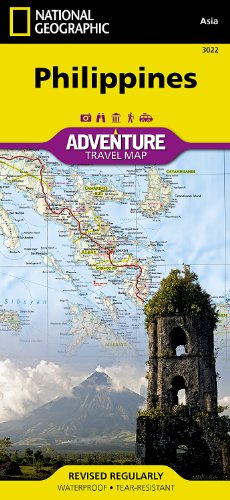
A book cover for Philippines (National Geographic Adventure Map); National Geographic Maps - Adventure; Travel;